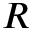
R